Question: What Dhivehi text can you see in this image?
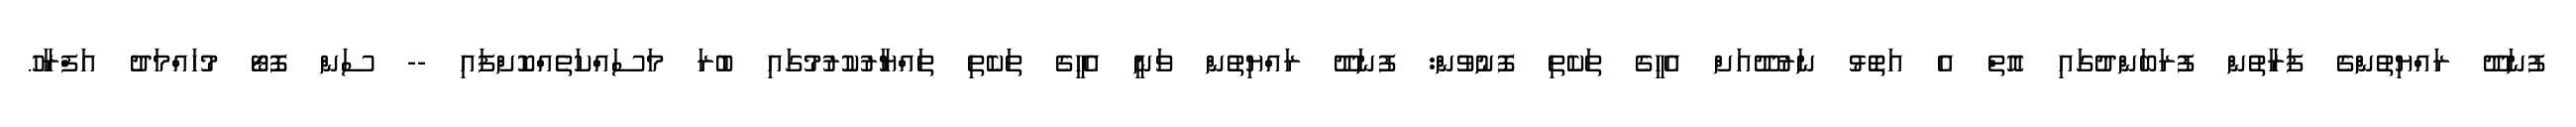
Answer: ފުނަދޫ ރައްޔިތުންގެ ފަރާތުން ފުރަބަންދުގައި އޮތް އެ އަތޮޅު ނަރުދޫއަށް އެހީގެ ތަކެތި ފޮނުވުން: ފުނަދޫ ރައްޔިތުން ވަނީ އެހީގެ ތަކެތި ތައްޔާރުކުރުމުގައި ބުރަ މަސައްކަތެއްކޮށްފައި -- ސަން ފޮޓޯ މުހައްމަދު އަފްރާހު.